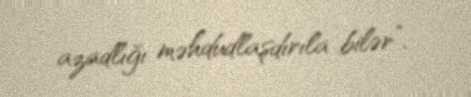
azadlığı məhdudlaşdırıla bilər”.